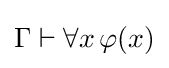
\Gamma \vdash \forall x\,\varphi (x)